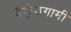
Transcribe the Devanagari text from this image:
वैकुंठगामी